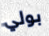
بولي